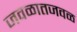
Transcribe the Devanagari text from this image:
जवळातजवळ